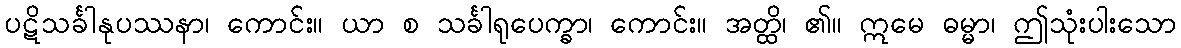
ပဋိသင်္ခါနုပဿနာ၊ ကောင်း။ ယာ စ သင်္ခါရုပေက္ခာ၊ ကောင်း။ အတ္ထိ၊ ၏။ ဣမေ ဓမ္မာ၊ ဤသုံးပါးသော